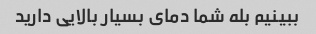
ببینیم بله شما دمای بسیار بالایی دارید